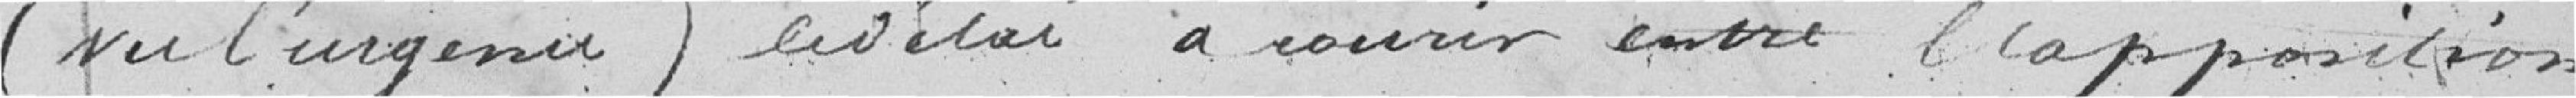
(vu l'urgence) le délai à courir entre l'apposition